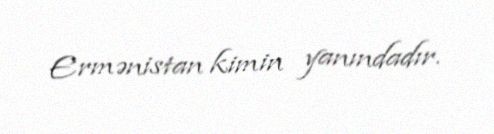
Ermənistan kimin yanındadır.